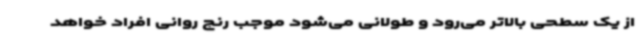
از یک سطحی بالاتر می‌رود و طولانی می‌شود موجب رنج روانی افراد خواهد